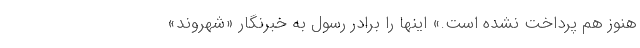
هنوز هم پرداخت نشده است.» اینها را برادر رسول به خبرنگار «شهروند»